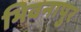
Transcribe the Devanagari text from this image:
भिवनापुर